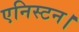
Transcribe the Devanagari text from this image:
एनिस्टन।